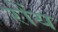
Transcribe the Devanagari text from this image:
रोंय